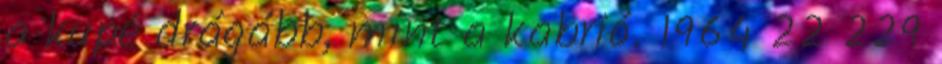
a kupé drágább, mint a kabrió. 1964 22 229